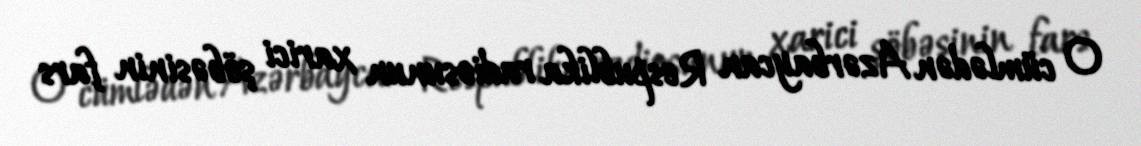
O cümlədən Azərbaycan Respublika radiosunun xarici şöbəsinin fars